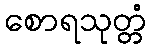
စောရသုတ္တံ